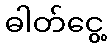
ဓါတ်ငွေ့